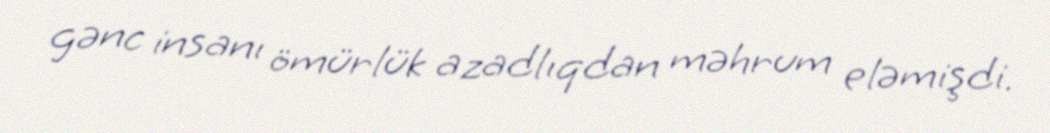
gənc insanı ömürlük azadlıqdan məhrum eləmişdi.